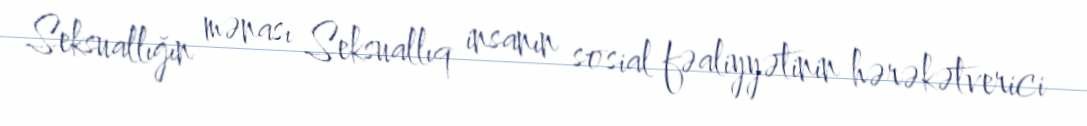
Seksuallığın mənası Seksuallıq insanın sosial fəaliyyətinin hərəkətverici